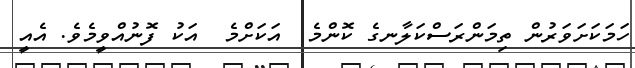
ހަމަކަށަވަރުން ތިމަންރަސްކަލާނގެ ކޮންމެ  އަކަށްމެ  އަކު ފޮނުއްވީމެވެ. އެއީ